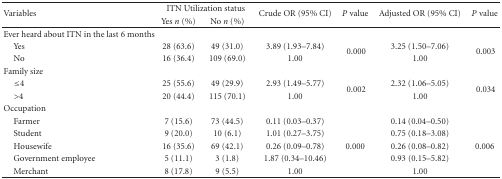
| <ROWSPAN=2> Variables | <COLSPAN=2> ITN Utilization status | <ROWSPAN=2> Crude OR (95% CI) | <ROWSPAN=2> P value | <ROWSPAN=2> Adjusted OR (95% CI) | <ROWSPAN=2> P value |
 | Yes n (%) | No n (%) |
 | --- | --- | --- | --- | --- | --- | --- |
 | Ever heard about ITN in the last 6 months |  |  |  |  |  |  |
 | Yes | 28 (63.6) | 49 (31.0) | 3.89 (1.93–7.84) | <ROWSPAN=2> 0.000 | 3.25 (1.50–7.06) | <ROWSPAN=2> 0.003 |
 | No | 16 (36.4) | 109 (69.0) | 1.00 | 1.00 |
 | Family size |  |  |  |  |  |  |
 | ≤4 | 25 (55.6) | 49 (29.9) | 2.93 (1.49–5.77) | <ROWSPAN=2> 0.002 | 2.32 (1.06–5.05) | <ROWSPAN=2> 0.034 |
 | >4 | 20 (44.4) | 115 (70.1) | 1.00 | 1.00 |
 | Occupation |  |  |  |  |  |  |
 | Farmer | 7 (15.6) | 73 (44.5) | 0.11 (0.03–0.37) |  | 0.14 (0.04–0.50) |  |
 | Student | 9 (20.0) | 10 (6.1) | 1.01 (0.27–3.75) |  | 0.75 (0.18–3.08) |  |
 | Housewife | 16 (35.6) | 69 (42.1) | 0.26 (0.09–0.78) | 0.000 | 0.26 (0.08–0.82) | 0.006 |
 | Government employee | 5 (11.1) | 3 (1.8) | 1.87 (0.34–10.46) |  | 0.93 (0.15–5.82) |  |
 | Merchant | 8 (17.8) | 9 (5.5) | 1.00 |  | 1.00 |  |